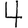
Digit: 4